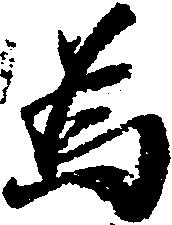
為